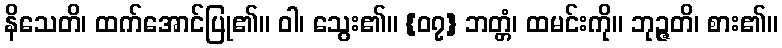
နိသေတိ၊ ထက်အောင်ပြု၏။ ဝါ၊ သွေး၏။ {၀၇} ဘတ္တံ၊ ထမင်းကို။ ဘုဉ္ဇတိ၊ စား၏။